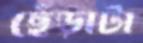
ছেঁড়াটা